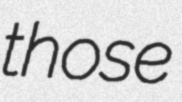
those